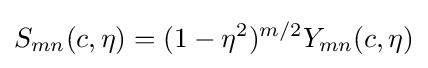
S_{mn}(c,\eta )=(1-\eta ^{2})^{m/2}Y_{mn}(c,\eta )